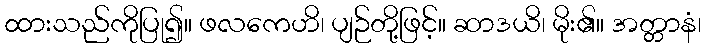
ထားသည်ကိုပြု၍။ ဖလကေဟိ၊ ပျဉ်တို့ဖြင့်။ ဆာဒယိ၊ မိုး၏။ အတ္တာနံ၊